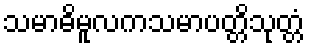
သမာဓိမူလကသမာပတ္တိသုတ္တံ